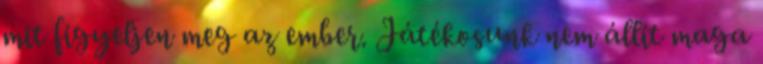
mit figyeljen meg az ember. Játékosunk nem állít maga